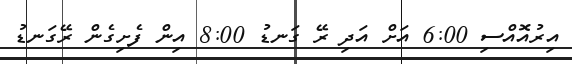
އިރުއޮއްސި 6:00 އަށް އަދި ރޭ ގަނޑު 8:00 އިން ފެށިގެން ރޭގަނޑު